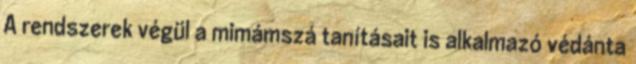
A rendszerek végül a mimámszá tanításait is alkalmazó védánta